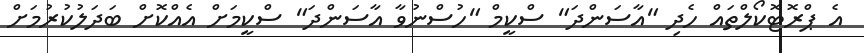
އެ ޕްރޮޓޮކޯލްތައް ހެދި "އާސަންދަ" ސްކީމް "ހުސްނުވާ އާސަންދަ" ސްކީމަށް އެއްކޮށް ބަދަލުކުރުމަށް